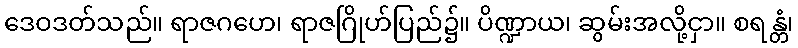
ဒေဝဒတ်သည်။ ရာဇဂဟေ၊ ရာဇဂြိုဟ်ပြည်၌။ ပိဏ္ဍာယ၊ ဆွမ်းအလို့ငှာ။ စရန္တံ၊